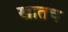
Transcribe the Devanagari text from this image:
खातच